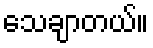
သေချာတယ်။